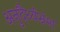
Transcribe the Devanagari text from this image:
अनुदैर्ध्यभ्रंश